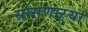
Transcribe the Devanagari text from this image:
सोसणाऱ्या